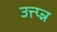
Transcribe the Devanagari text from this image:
उत्त्प्न्न